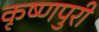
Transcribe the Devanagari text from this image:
कृष्णपुरी